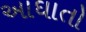
આઘાતો